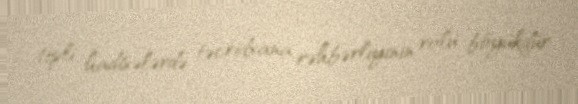
tipli hadisələrdə təcridxana rəhbərliyinin rolu böyükdür.